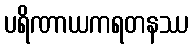
ပရိဏာယကရတနဿ